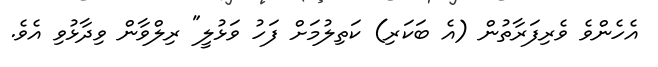
އެހެންވެ ވެރިފަރާތުން (އެ ބަކަރި) ކަތިލުމަށް ފަހު ވަޅުލީ" ރިލްވާން ވިދާޅުވި އެވެ.